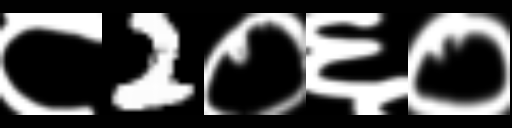
Text: ८2०६०